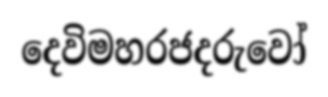
දෙවිමහරජදරුවෝ